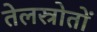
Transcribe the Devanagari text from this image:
तेलस्रोतों